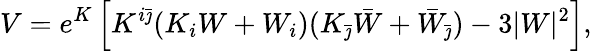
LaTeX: V=e^{K}\left[K^{i\bar{\jmath}}(K_{i}W+W_{i})(K_{\bar{\jmath}}\bar{W}+\bar{W}_{\bar{\jmath}})-3|W|^{2}\right],